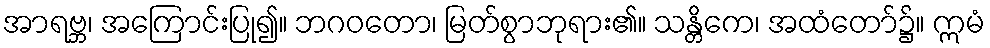
အာရဗ္ဘ၊ အကြောင်းပြု၍။ ဘဂဝတော၊ မြတ်စွာဘုရား၏။ သန္တိကေ၊ အထံတော်၌။ ဣမံ